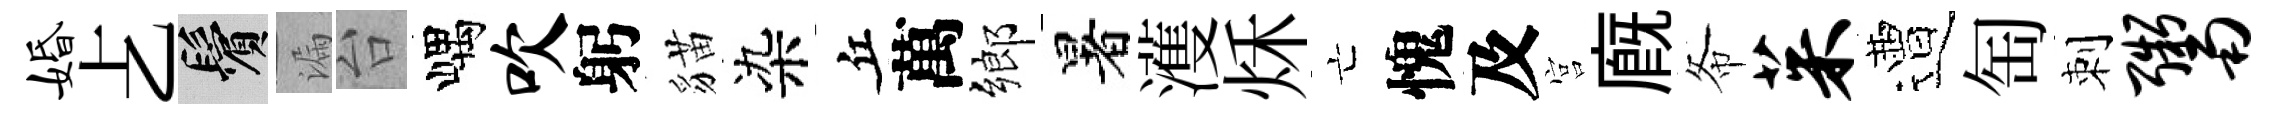
婚𠧒鬢漏台嵎吹躬貓染丘萬鄉暑濩秌亡愧及宫廐𢁙茱遭匋刺鬻